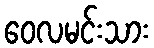
ဝေလမင်းသား